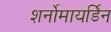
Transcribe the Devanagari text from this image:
शर्नोमायर्डिन